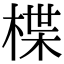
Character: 楪